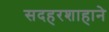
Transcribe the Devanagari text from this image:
सदहरशाहाने